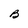
Character: B